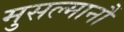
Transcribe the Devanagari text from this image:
मुसल्मानौं